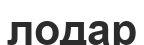
лодар